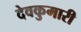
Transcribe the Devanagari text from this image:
देवकुमारी